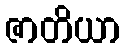
ဇာတိယာ